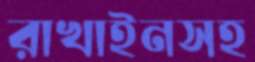
রাখাইনসহ